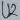
Text: U2